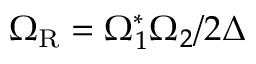
\Omega _ { \mathrm { R } } = \Omega _ { 1 } ^ { * } \Omega _ { 2 } / 2 \Delta